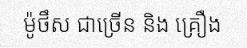
ម៉ូថឹស ជាច្រើន និង គ្រឿង